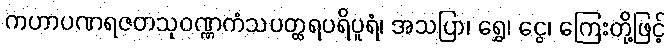
ကဟာပဏရဇတသုဝဏ္ဏကံသပတ္ထရပရိပူရံ၊ အသပြာ၊ ရွှေ၊ ငွေ၊ ကြေးတို့ဖြင့်